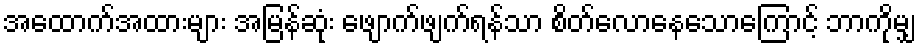
အထောက်အထားများ အမြန်ဆုံး ဖျောက်ဖျက်ရန်သာ စိတ်လောနေသောကြောင့် ဘာကိုမျှ